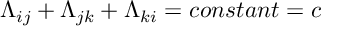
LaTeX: \Lambda _ { i j } + \Lambda _ { j k } + \Lambda _ { k i } = c o n s t a n t = c